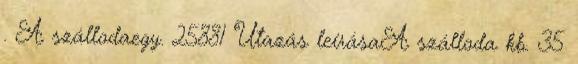
. A szállodaegy. 25881 Utazás leírásaA szálloda kb. 35